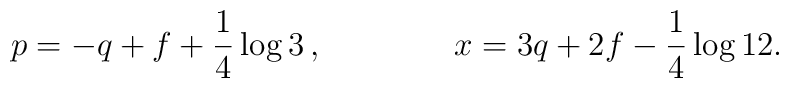
p= -q+f +\frac{1}{4} \log 3 \, , \qquad \qquad x = 3 q + 2 f -\frac{1}{4} \log 12.